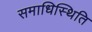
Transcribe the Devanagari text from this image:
समाधिस्थिति